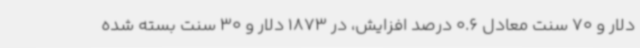
دلار و 70 سنت معادل 0.6 درصد افزایش، در 1873 دلار و 30 سنت بسته شده